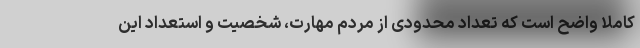
کاملا واضح است که تعداد محدودی از مردم مهارت، شخصیت و استعداد این